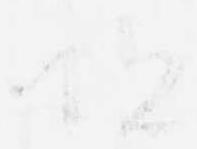
恐